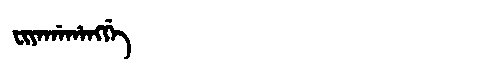
Manchu: ᠸᡳᠶᠠᡤᠠᡥᠠᠩᡤᡝ
Romanization: FIYAGAHANGGE